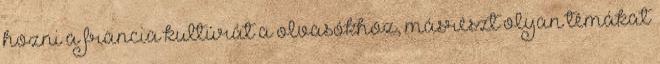
hozni a francia kultúrát a olvasókhoz, másrészt olyan témákat